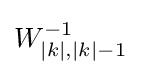
W_{|k|,|k|-1}^{-1}